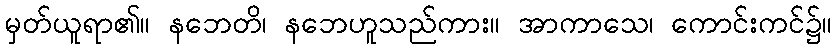
မှတ်ယူရာ၏။ နဘေတိ၊ နဘေဟူသည်ကား။ အာကာသေ၊ ကောင်းကင်၌။